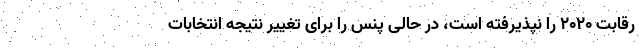
رقابت ۲۰۲۰ را نپذیرفته است، در حالی پنس را برای تغییر نتیجه انتخابات